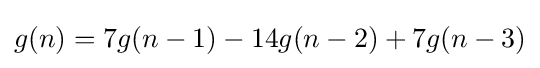
g(n)=7g(n-1)-14g(n-2)+7g(n-3)